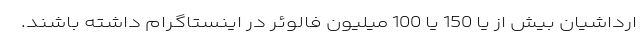
ارداشیان بیش از یا 150 یا 100 میلیون فالوئر در اینستاگرام داشته باشند.